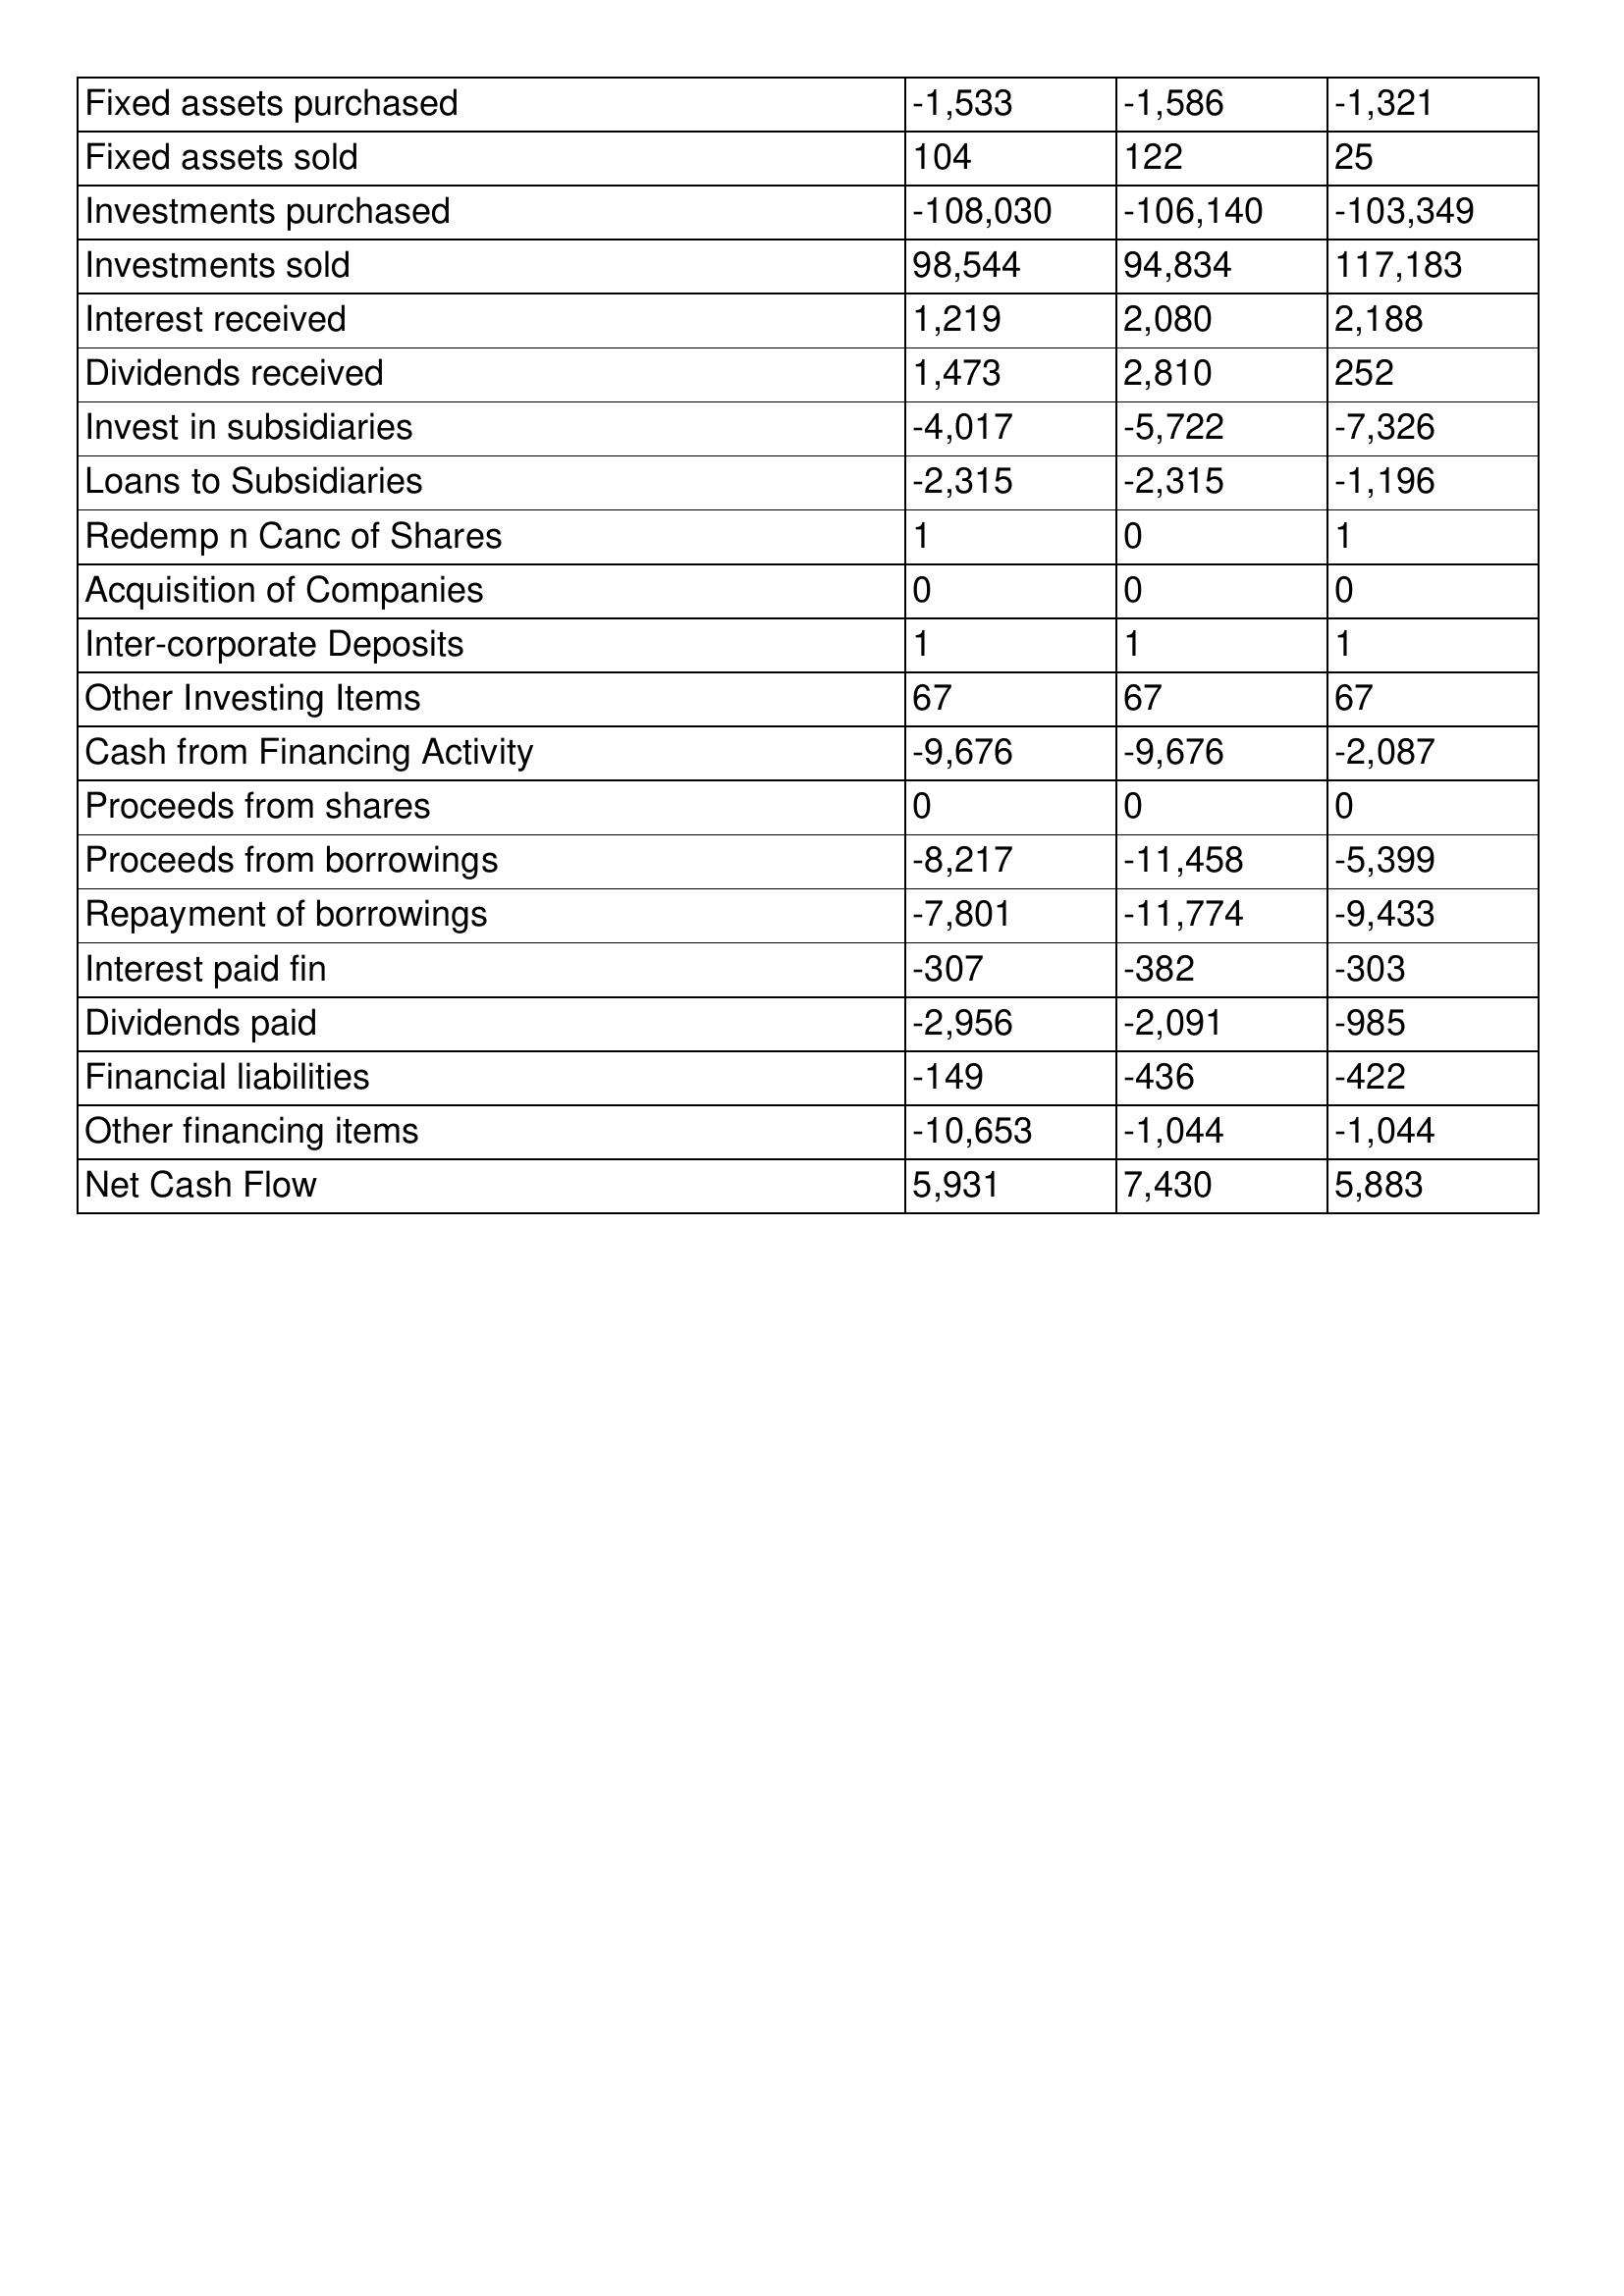
gt_parse: 2009: Cash Flows: Fixed assets purchased: -1,533
Fixed assets sold: 104
Investments purchased: -108,030
Investments sold: 98,544
Interest received: 1,219
Dividends received: 1,473
Invest in subsidiaries: -4,017
Loans to Subsidiaries: -2,315
Redemp n Canc of Shares: 1
Acquisition of Companies: 0
Inter-corporate Deposits: 1
Other Investing Items: 67
Cash from Financing Activity: -9,676
Proceeds from shares: 0
Proceeds from borrowings: -8,217
Repayment of borrowings: -7,801
Interest paid fin: -307
Dividends paid: -2,956
Financial liabilities: -149
Other financing items: -10,653
Net Cash Flow: 5,931
2008: Cash Flows: Fixed assets purchased: -1,586
Fixed assets sold: 122
Investments purchased: -106,140
Investments sold: 94,834
Interest received: 2,080
Dividends received: 2,810
Invest in subsidiaries: -5,722
Loans to Subsidiaries: -2,315
Redemp n Canc of Shares: 0
Acquisition of Companies: 0
Inter-corporate Deposits: 1
Other Investing Items: 67
Cash from Financing Activity: -9,676
Proceeds from shares: 0
Proceeds from borrowings: -11,458
Repayment of borrowings: -11,774
Interest paid fin: -382
Dividends paid: -2,091
Financial liabilities: -436
Other financing items: -1,044
Net Cash Flow: 7,430
2007: Cash Flows: Fixed assets purchased: -1,321
Fixed assets sold: 25
Investments purchased: -103,349
Investments sold: 117,183
Interest received: 2,188
Dividends received: 252
Invest in subsidiaries: -7,326
Loans to Subsidiaries: -1,196
Redemp n Canc of Shares: 1
Acquisition of Companies: 0
Inter-corporate Deposits: 1
Other Investing Items: 67
Cash from Financing Activity: -2,087
Proceeds from shares: 0
Proceeds from borrowings: -5,399
Repayment of borrowings: -9,433
Interest paid fin: -303
Dividends paid: -985
Financial liabilities: -422
Other financing items: -1,044
Net Cash Flow: 5,883